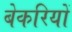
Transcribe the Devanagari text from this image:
बेकरियों